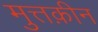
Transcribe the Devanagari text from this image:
मुत्तक़ीन